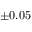
\pm 0 . 0 5